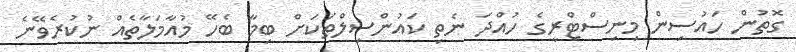
ގޮތުން ހައުސިން މިނިސްޓްރީގެ ހުއްދަ ނެތި ކައުންސިލްތަކަށް ބިމާ ބެހޭ މުއާމަލާތެއް ނުކުރެވޭނެ